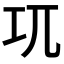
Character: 𭘄